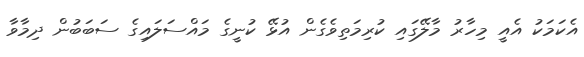
އެކަމަކު އެއީ މިހާރު މާލޭގައި ކުރިމަތިވެގެން އުޅޭ ކުނީގެ މައްސަލައިގެ ސަބަބުން ދިމާވާ